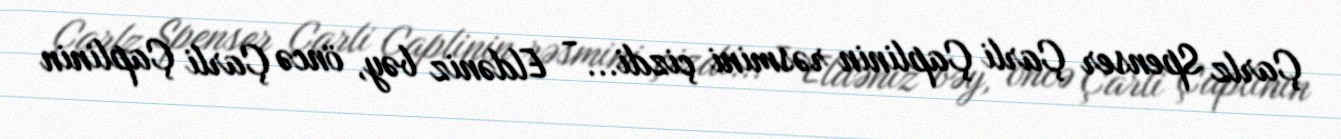
Çarlz Spenser Çarli Çaplinin rəsmini çizdi... - Eldəniz bəy, öncə Çarli Çaplinin